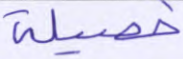
خصيلة